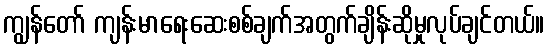
ကျွန်တော် ကျန်းမာရေးဆေးစစ်ချက်အတွက်ချိန်းဆိုမှုလုပ်ချင်တယ်။